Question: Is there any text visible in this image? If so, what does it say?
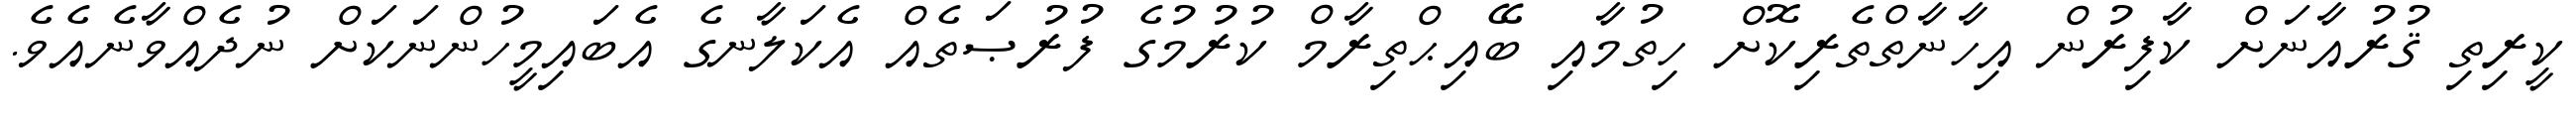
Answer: ކީރިތި ޤުރުއާނަށް ކާފިރުން އިހާނާތްތެރިކޮށް ހިތުމާއި ބޭއިޙްތިރާމް ކުރުމުގެ ފުރުޞަތެއް އެކަލާނގެ އެބައިމީހުންނަކަށް ނުދެއްވާނެއެވެ.